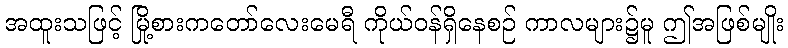
အထူးသဖြင့် မြို့စားကတော်လေးမေရီ ကိုယ်ဝန်ရှိနေစဉ် ကာလများ၌မူ ဤအဖြစ်မျိုး